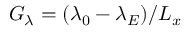
G _ { \lambda } = ( \lambda _ { 0 } - \lambda _ { E } ) / L _ { x }